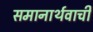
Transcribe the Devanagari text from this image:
समानार्थवाची